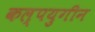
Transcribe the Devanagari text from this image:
कल्पयुगीन